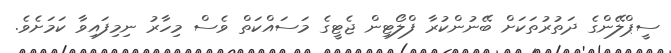
ސީޕްލޭންގެ ދަތުރުތަކަށް ބޭނުންކުރާ ފްލޯޓިން ޖެޓީގެ މަސައްކަތް ވެސް މިހާރު ނިމިފައިވާ ކަމަށެވެ.